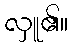
လှူ၏။